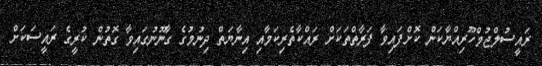
ރައީސުލްޖުމްހޫރިއްޔާކަން ކޮށްފައިވާ ފަރާތްތަކަށް ރައްކާތެރިކަމާއި އިނާޔަތް ދިނުމުގެ ގާނޫނުގައިވާ ގޮތުން ކުރީގެ ރައީސަކަށް